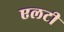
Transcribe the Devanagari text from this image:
एलटी